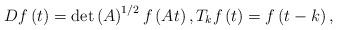
LaTeX: \begin{align*}Df\left( t\right) =\det\left( A\right) ^{1/2}f\left( At\right) ,\text{}T_{k}f\left( t\right) =f\left( t-k\right),\end{align*}